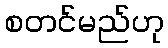
စတင်မည်ဟု